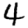
Digit: 4